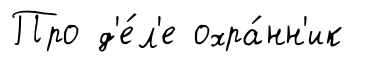
Про д'е́л'е охра́нн'ик